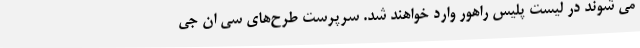
می شوند در لیست پلیس راهور وارد خواهند شد. سرپرست طرح‌های سی ان جی